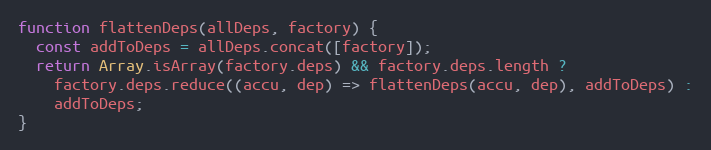
Language: JavaScript
function flattenDeps(allDeps, factory) {
  const addToDeps = allDeps.concat([factory]);
  return Array.isArray(factory.deps) && factory.deps.length ?
    factory.deps.reduce((accu, dep) => flattenDeps(accu, dep), addToDeps) :
    addToDeps;
}